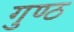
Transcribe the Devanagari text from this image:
गुण्ठ